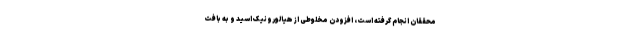
محققان انجام گرفته است، افزودن مخلوطی از هیالورونیک اسید و به بافت